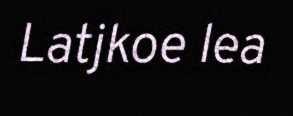
Latjkoe lea